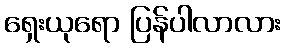
ရှေးယုရော ပြန်ပါလာလား